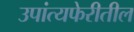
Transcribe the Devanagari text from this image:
उपांत्यफेरीतील